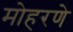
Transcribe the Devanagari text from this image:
मोहरणे